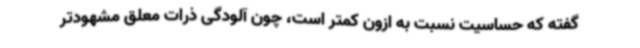
گفته که حساسیت نسبت به ازون کمتر است، چون آلودگی ذرات معلق مشهودتر